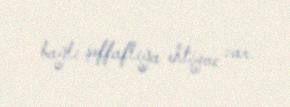
bağlı şəffaflığa ehtiyac var.